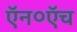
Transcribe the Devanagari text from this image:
ऍन०ऍच